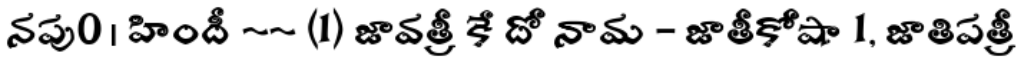
నపు0 । హిందీ ~~ (1) జావత్రీ కే దో నామ - జాతీకోషా 1, జాతిపత్రీ